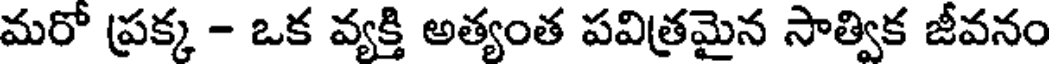
మరో ప్రక్క - ఒక వ్యక్తి అత్యంత పవిత్రమైన సాత్విక జీవనం